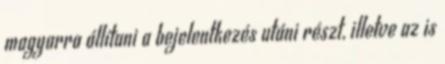
magyarra állítani a bejelentkezés utáni részt, illetve az is